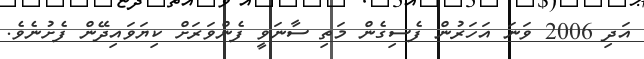
އަދި 2006 ވަނަ އަހަރުން ފެސިގެން މަތި ސާނަވީ ފެންވަރަށް ކިޔަވައިދޭން ފެށުނެވެ.